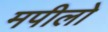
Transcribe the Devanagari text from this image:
मपीलो